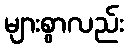
များစွာလည်း